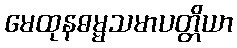
မေထုနဓမ္မသမာပတ္တိယာ